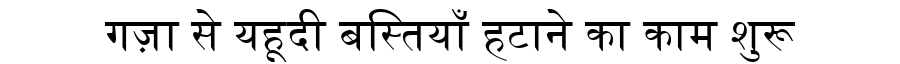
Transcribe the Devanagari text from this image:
गज़ा से यहूदी बस्तियाँ हटाने का काम शुरू